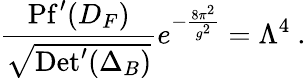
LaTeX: \frac{\mathrm{Pf^{\prime}}(D_{F})}{\sqrt{\mathrm{Det^{\prime}}(\Delta_{B})}}e^{-\frac{8\pi^{2}}{g^{2}}}=\Lambda^{4}~.